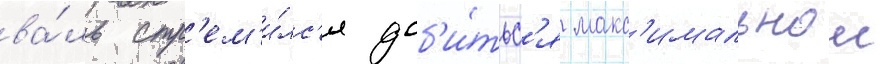
ва́ль стр'ем'и́лс'я доб'и́тьс'я макс'имальнои